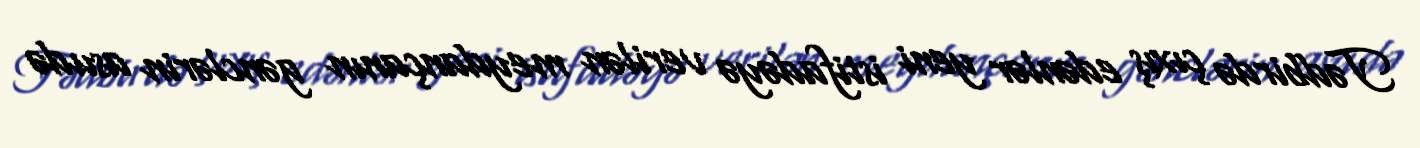
Tədbirdə çıxış edənlər yeni istifadəyə verilən meydançanın gənclərin asudə